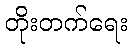
တိုးတက်ရေး